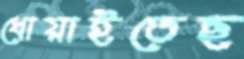
ধোয়াইতেছ